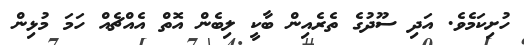
ހުށިކަމެވެ. އަދި ސޫދުގެ ތެރެއިން ބާކީ ލިބެން އޮތް އެއްޗެއް ހަމަ މުޅިން